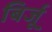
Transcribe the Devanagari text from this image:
बिर्जू